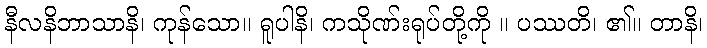
နီလနိဘာသာနိ၊ ကုန်သော။ ရူပါနိ၊ ကသိုဏ်းရုပ်တို့ကို ။ ပဿတိ၊ ၏။ တာနိ၊